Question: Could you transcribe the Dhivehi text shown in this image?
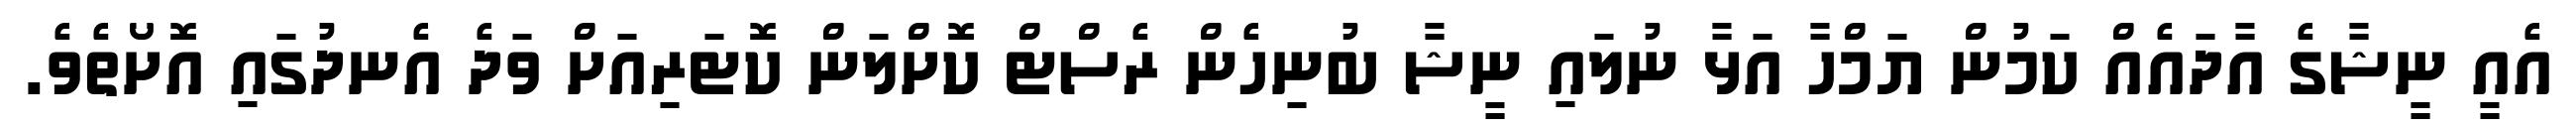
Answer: އެއީ ނީޝާގެ އާދައެއް ކަމުން ޔަމްހާ އަޅާ ނުލައި ނީޝާ ބުނިހެން ރެސްޓް ކޮށްލަން ކޮޓަރިއަށް ވަދެ އެނދުގައި އޮށޯތެވެ.